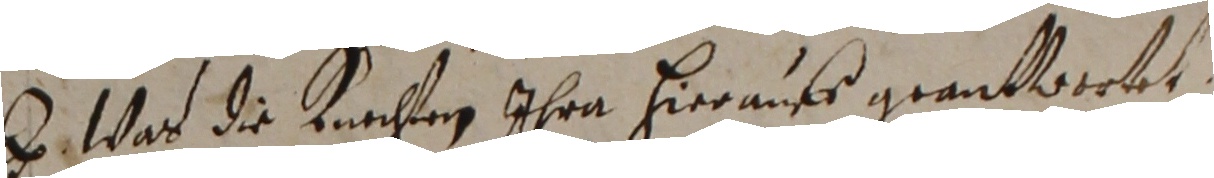
B. War die knchten ihre hiermnsr grantwertet.